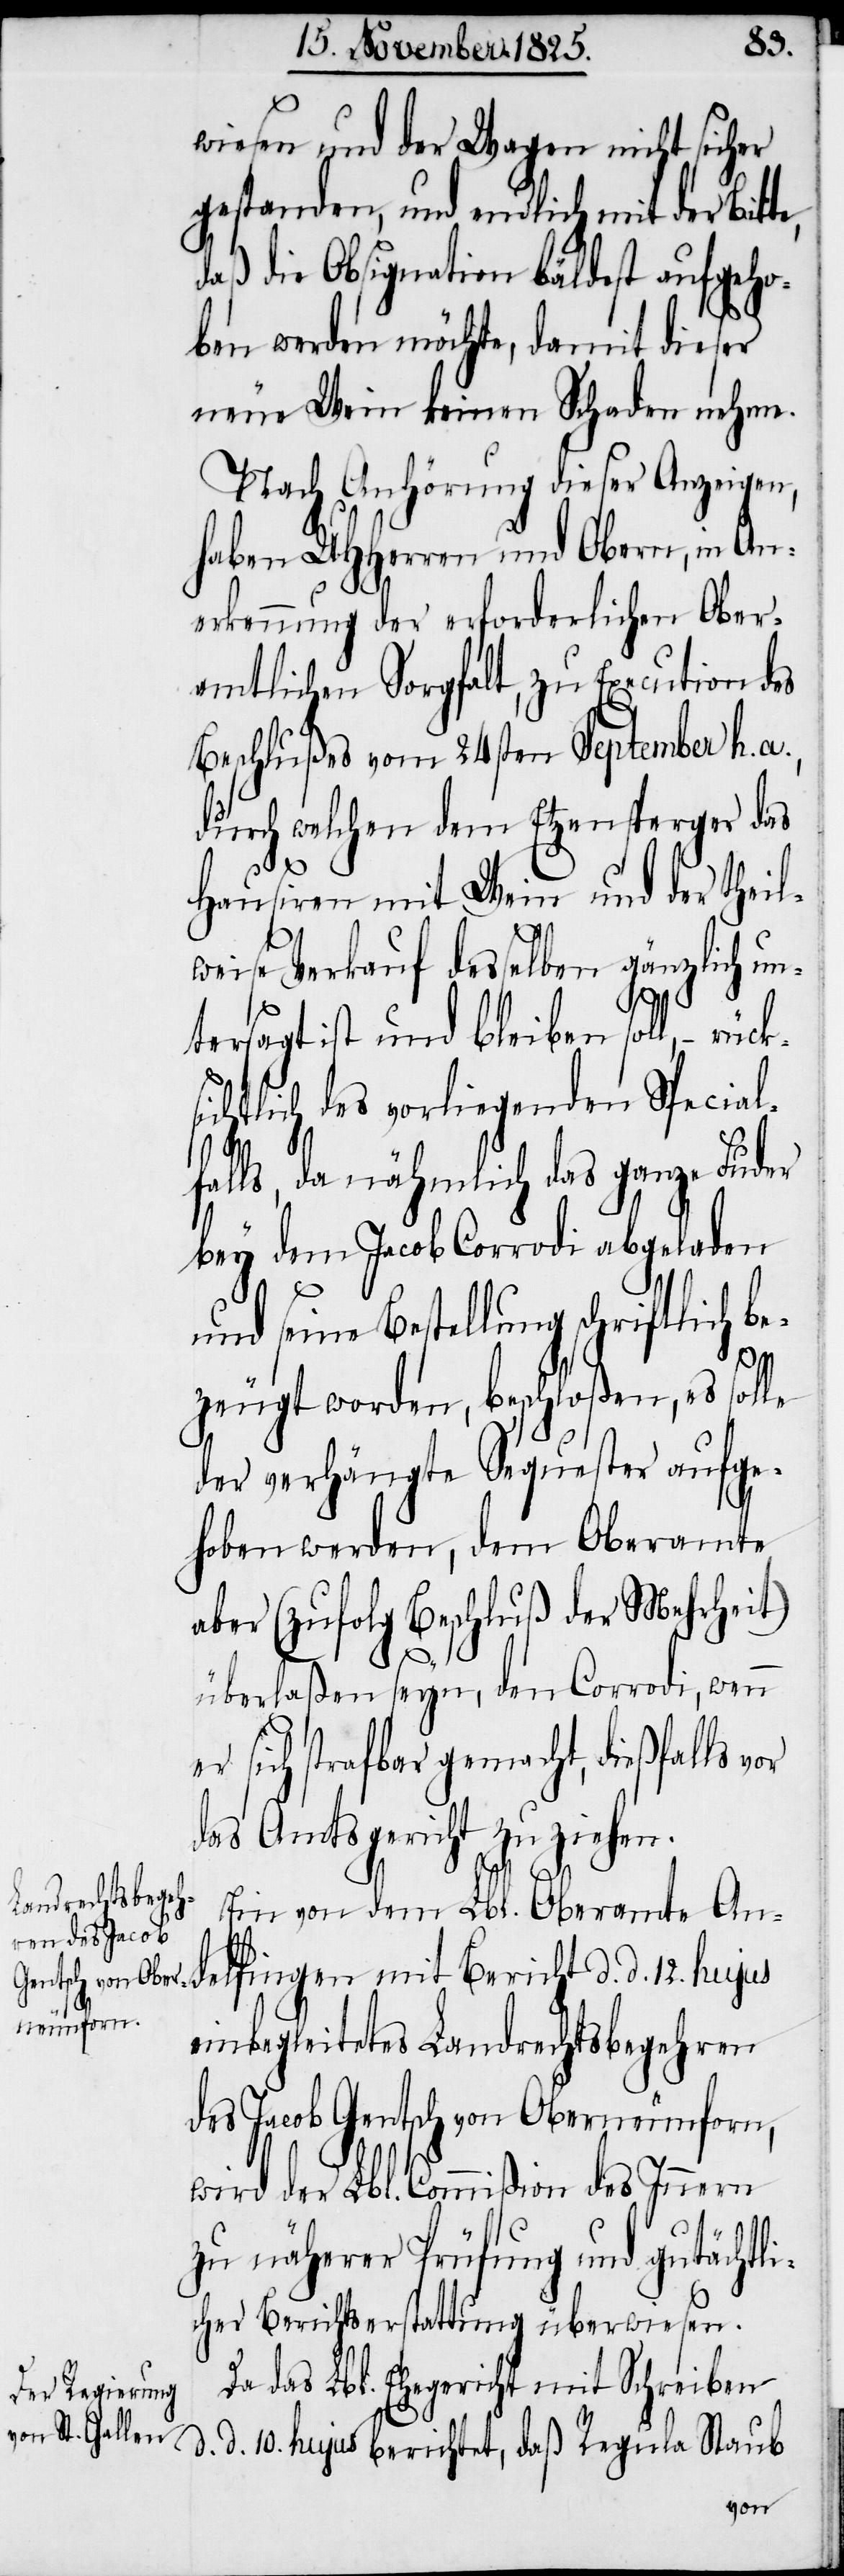
wiesen und der Wagen nicht sicher
gestanden, und endlich mit der Bitte,
daß die Obsignation bäldest aufgeho¬
ben werden möchte, damit dieser
neue Wein keinen Schaden nehme.
Nach Anhörung dieser Anzeigen,
haben UHHerren und Obern, in An¬
erkennung der erforderlichen Ober¬
amtlichen Sorgfalt, zu Execution des
Beschlußes vom 24sten September h.
durch welchen dem Etzensperger das
daß
Hausiren mit Wein und der theil¬
weise Verkauf desselben gänzlich un¬
tersagt ist und bleiben soll, – rü¬
ichtlich des vorliegenden Special¬
falls, da nähmlich das ganze Luder
bey dem Jacob Corrodi abgeladen
und seine Bestellung schriftlich b¬
ezeugt worden, beschloßen, es sol¬
der verhängte Sequester aufge¬
hoben werden, dem Oberamte
aber (zufolg Beschluß der Mehrheit)
überlaßen seyn, den Corrodi, wenn
sich strafbar gemacht, dießfalls v¬
das Amtsgericht zu ziehen.
Regu¬
d.
Ein von dem Lbl. Oberamte An¬
delfingen mit Bericht d. d. 12. hujus
berichtet,
einbegleitetes Landrechtsbegehren
des Jacob Gentsch von Oberneunforn,
wird der Lbl. Commißion des Innern
zu näherer Prüfung und gutächtli¬
cher Berichtserstattung überwiesen.
das Lbl. Ehegericht mit Schreiben
la Staub